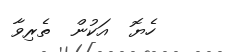
ހެޔޮ  އަކުން  ތެރިވާ